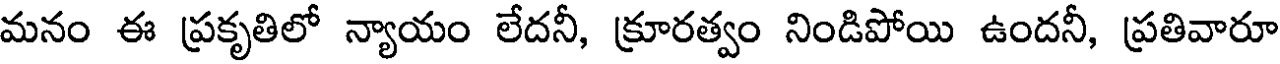
మనం ఈ ప్రకృతిలో న్యాయం లేదనీ, క్రూరత్వం నిండిపోయి ఉందనీ, ప్రతివారూ